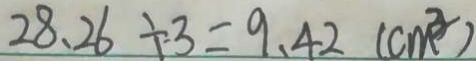
2 8 . 2 6 \div 3 = 9 . 4 2 ( c m ^ { 3 } )